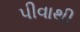
પીવાથી